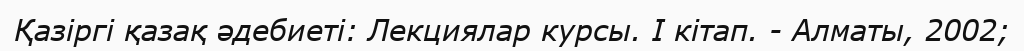
Қазіргі қазақ әдебиеті: Лекциялар курсы. І кітап. - Алматы, 2002;